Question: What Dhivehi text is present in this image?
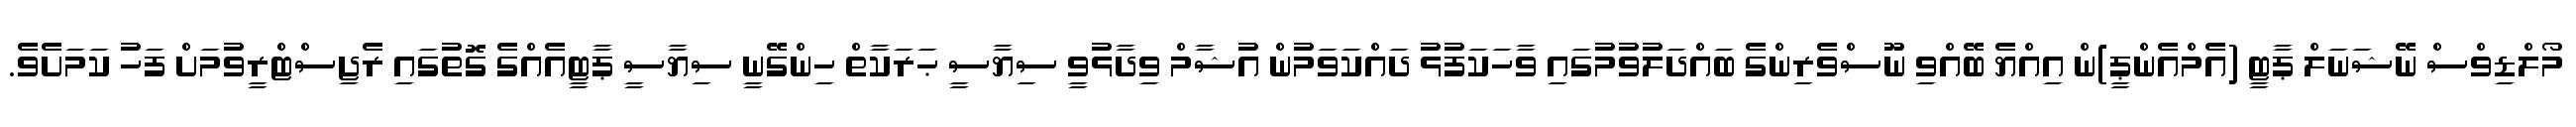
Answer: މޯލްޑިވްސް ނޭޝަނަލް ޕާޓީ (އެމްއެންޕީ)ން އިއްޔެ ބޭއްވި ނޫސްވެރިންގެ ބައްދަލުވުމުގައި ވާހަކަފުޅު ދައްކަވަމުން އުޝާމް ވިދާޅުވީ ސިޔާސީ ޙަރަކާތް ހިންގޭނީ ސިޔާސީ ޕާޓީއެއްގެ ގޮތުގައި ރެޖިސްޓްރީވުމަށް ފަހު ކަމަށެވެ.